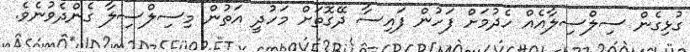
ގުޅިގެން ސިލްސިލާއެއް ހެދުމަށް ފަހުން ފައިސާ ދޭގޮތަށް މަހުދީ އަތުން މިސިލްސިލާ ގެންދެވުނެވެ.